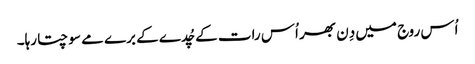
اُس روج میں دِن بھر اُس رات کے چُدے کے برے مے سوچتا رہا۔